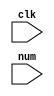
module num2bcd(clk,num);
    input clk;
    input [31:0] num;
    reg old_num;
    reg [3:0]num1;
    reg [3:0]num2;
    reg [3:0]num3;
    reg [3:0]num4;
    reg [3:0]num5;
    reg [3:0]num6;
    reg [3:0]num7;
    reg [3:0]num8;
    reg [3:0]num9;
    reg [3:0]num10;

    reg [3:0]tmp_num1;
    reg [3:0]tmp_num2;
    reg [3:0]tmp_num3;
    reg [3:0]tmp_num4;
    reg [3:0]tmp_num5;
    reg [3:0]tmp_num6;
    reg [3:0]tmp_num7;
    reg [3:0]tmp_num8;
    reg [3:0]tmp_num9;
    reg [3:0]tmp_num10;
    reg [5:0]i;
    reg [71:0]shift_reg;    
     
     //Always block - implement the Double Dabble algorithm
     always @(posedge clk)
        begin
            //initialize bcd to zero.
            if(i == 6'd0 && (old_num != num))
            begin
                shift_reg <= 72'd0;
                old_num <= num;
                shift_reg[31:0] <= num;
                i <= i + 6'd1;
            end
            else if(i<33 && i>0)
            begin
                if(tmp_num10 >= 5) tmp_num10 <= tmp_num10 + 4'd3;
                if(tmp_num9 >= 5) tmp_num9 <= tmp_num9 + 4'd3;
                if(tmp_num8 >= 5) tmp_num8 <= tmp_num8 + 4'd3;
                if(tmp_num7 >= 5) tmp_num7 <= tmp_num7 + 4'd3;
                if(tmp_num6 >= 5) tmp_num6 <= tmp_num6 + 4'd3;
                if(tmp_num5 >= 5) tmp_num5 <= tmp_num5 + 4'd3;
                if(tmp_num4 >= 5) tmp_num4 <= tmp_num4 + 4'd3;
                if(tmp_num3 >= 5) tmp_num3 <= tmp_num3 + 4'd3;
                if(tmp_num2 >= 5) tmp_num2 <= tmp_num2 + 4'd3;
                if(tmp_num1 >= 5) tmp_num1 <= tmp_num1 + 4'd3;

                shift_reg [71:32] <= {tmp_num10,tmp_num9,tmp_num8,tmp_num7,tmp_num6,tmp_num5,tmp_num4,tmp_num3,tmp_num2,tmp_num1};
                shift_reg <= shift_reg << 1;
                tmp_num10 <= shift_reg[71:68];
                tmp_num9 <= shift_reg[67:64];
                tmp_num8 <= shift_reg[63:60];
                tmp_num7 <= shift_reg[59:56];
                tmp_num6 <= shift_reg[55:52];
                tmp_num5 <= shift_reg[51:48];
                tmp_num4 <= shift_reg[47:44];
                tmp_num3 <= shift_reg[43:40];
                tmp_num2 <= shift_reg[39:36];
                tmp_num1 <= shift_reg[35:32];
                i <= i + 6'd1;
            end
            else
            begin
                i <= 6'd0;
                num10 <= tmp_num10;
                num9 <= tmp_num9;
                num8 <= tmp_num8;
                num7 <= tmp_num7;
                num6 <= tmp_num6;
                num5 <= tmp_num5;
                num4 <= tmp_num4;
                num3 <= tmp_num3;
                num2 <= tmp_num2;
                num1 <= tmp_num1;
            end
        end             
endmodule